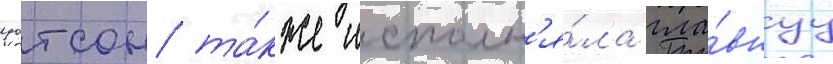
уотсон та́кже исполн'я́ла гла́внуу